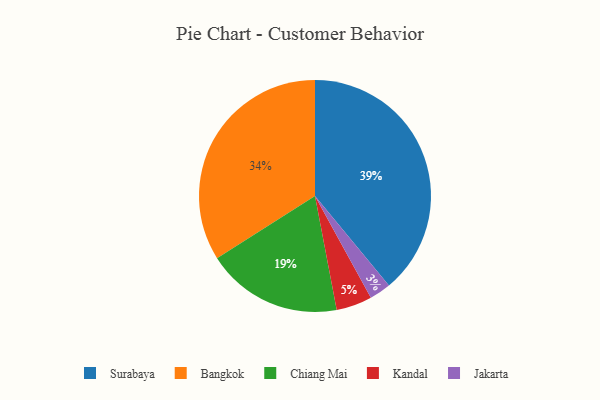
{"axis": {"x": "Category", "y": "Percentage"}, "legend": ["Bangkok", "Chiang Mai", "Jakarta", "Kandal", "Surabaya"], "data": [{"x": "Chiang Mai", "y": 19, "type": "Chiang Mai"}, {"x": "Bangkok", "y": 34, "type": "Bangkok"}, {"x": "Jakarta", "y": 3, "type": "Jakarta"}, {"x": "Surabaya", "y": 39, "type": "Surabaya"}, {"x": "Kandal", "y": 5, "type": "Kandal"}]}